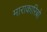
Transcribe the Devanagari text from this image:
माराकारिबो